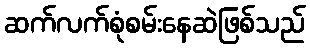
ဆက်လက်စုံစမ်းနေဆဲဖြစ်သည်